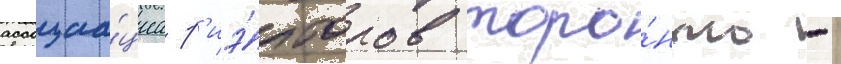
ассоциа́циа р'иэ́лторов торо́нто -